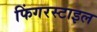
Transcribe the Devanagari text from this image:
फिंगरस्टाइल